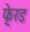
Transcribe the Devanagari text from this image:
फे्रड